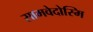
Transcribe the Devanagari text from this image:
सामवेदोस्मि